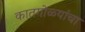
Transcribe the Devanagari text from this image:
कातगोळ्यांचा